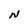
Character: N